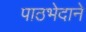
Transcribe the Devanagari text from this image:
पाठभेदाने